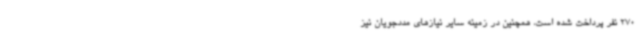
270 نفر پرداخت شده است، همچنین در زمینه سایر نیازهای مددجویان نیز